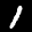
Label: 1